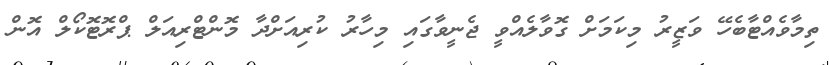
ތިމާވެއްޓާބެހޭ ވަޒީރު މިކަމަށް ގޮވާލެއްވީ ޖެނީވާގައި މިހާރު ކުރިއަށްދާ މޮންޓްރިއަލް ޕްރޮޓޮކޯލް އޮން